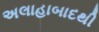
અલાહાબાદથી